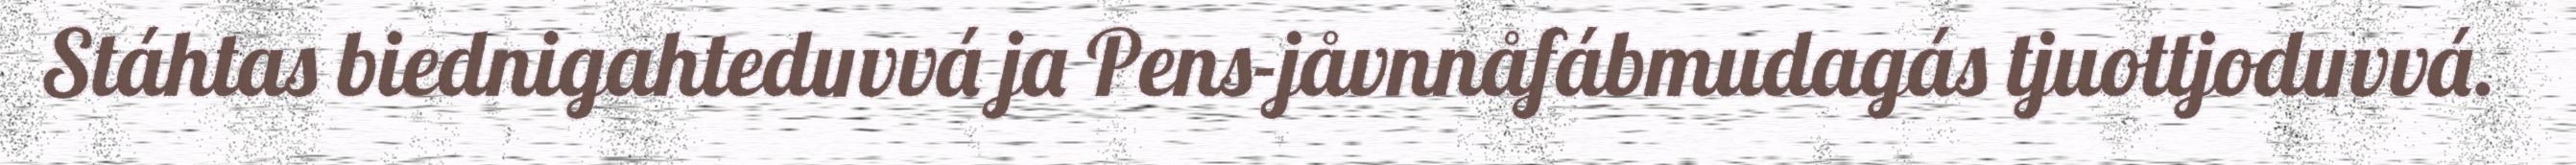
Stáhtas biednigahteduvvá ja Pens-jåvnnåfábmudagás tjuottjoduvvá.